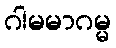
ဂါမမာဂမ္မ